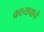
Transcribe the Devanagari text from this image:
कश्यपाचे